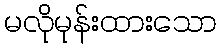
မလိုမုန်းထားသော